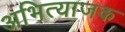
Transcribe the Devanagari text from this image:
अभित्याजक